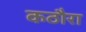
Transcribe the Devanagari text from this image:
कठौरा